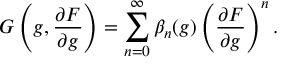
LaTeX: G \left( g , { \frac { \partial F } { \partial g } } \right) = \sum _ { n = 0 } ^ { \infty } \beta _ { n } ( g ) \left( { \frac { \partial F } { \partial g } } \right) ^ { n } .